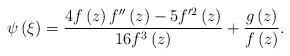
LaTeX: \begin{align*}\psi \left( \xi \right) =\frac{4f\left( z\right) {f}^{\prime \prime }\left(z\right) -5{f}^{\prime 2}\left( z\right) }{16f^{3}\left( z\right) }+\frac{g\left( z\right) }{f\left( z\right) }. \end{align*}